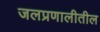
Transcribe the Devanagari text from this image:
जलप्रणालीतील